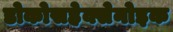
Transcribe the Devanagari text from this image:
डोकोसहेक्सेनोइक